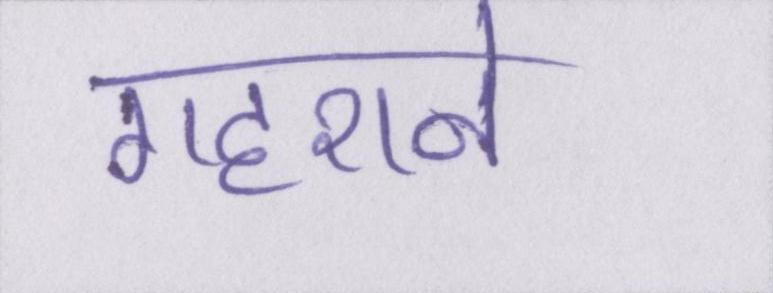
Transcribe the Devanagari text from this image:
गहराने